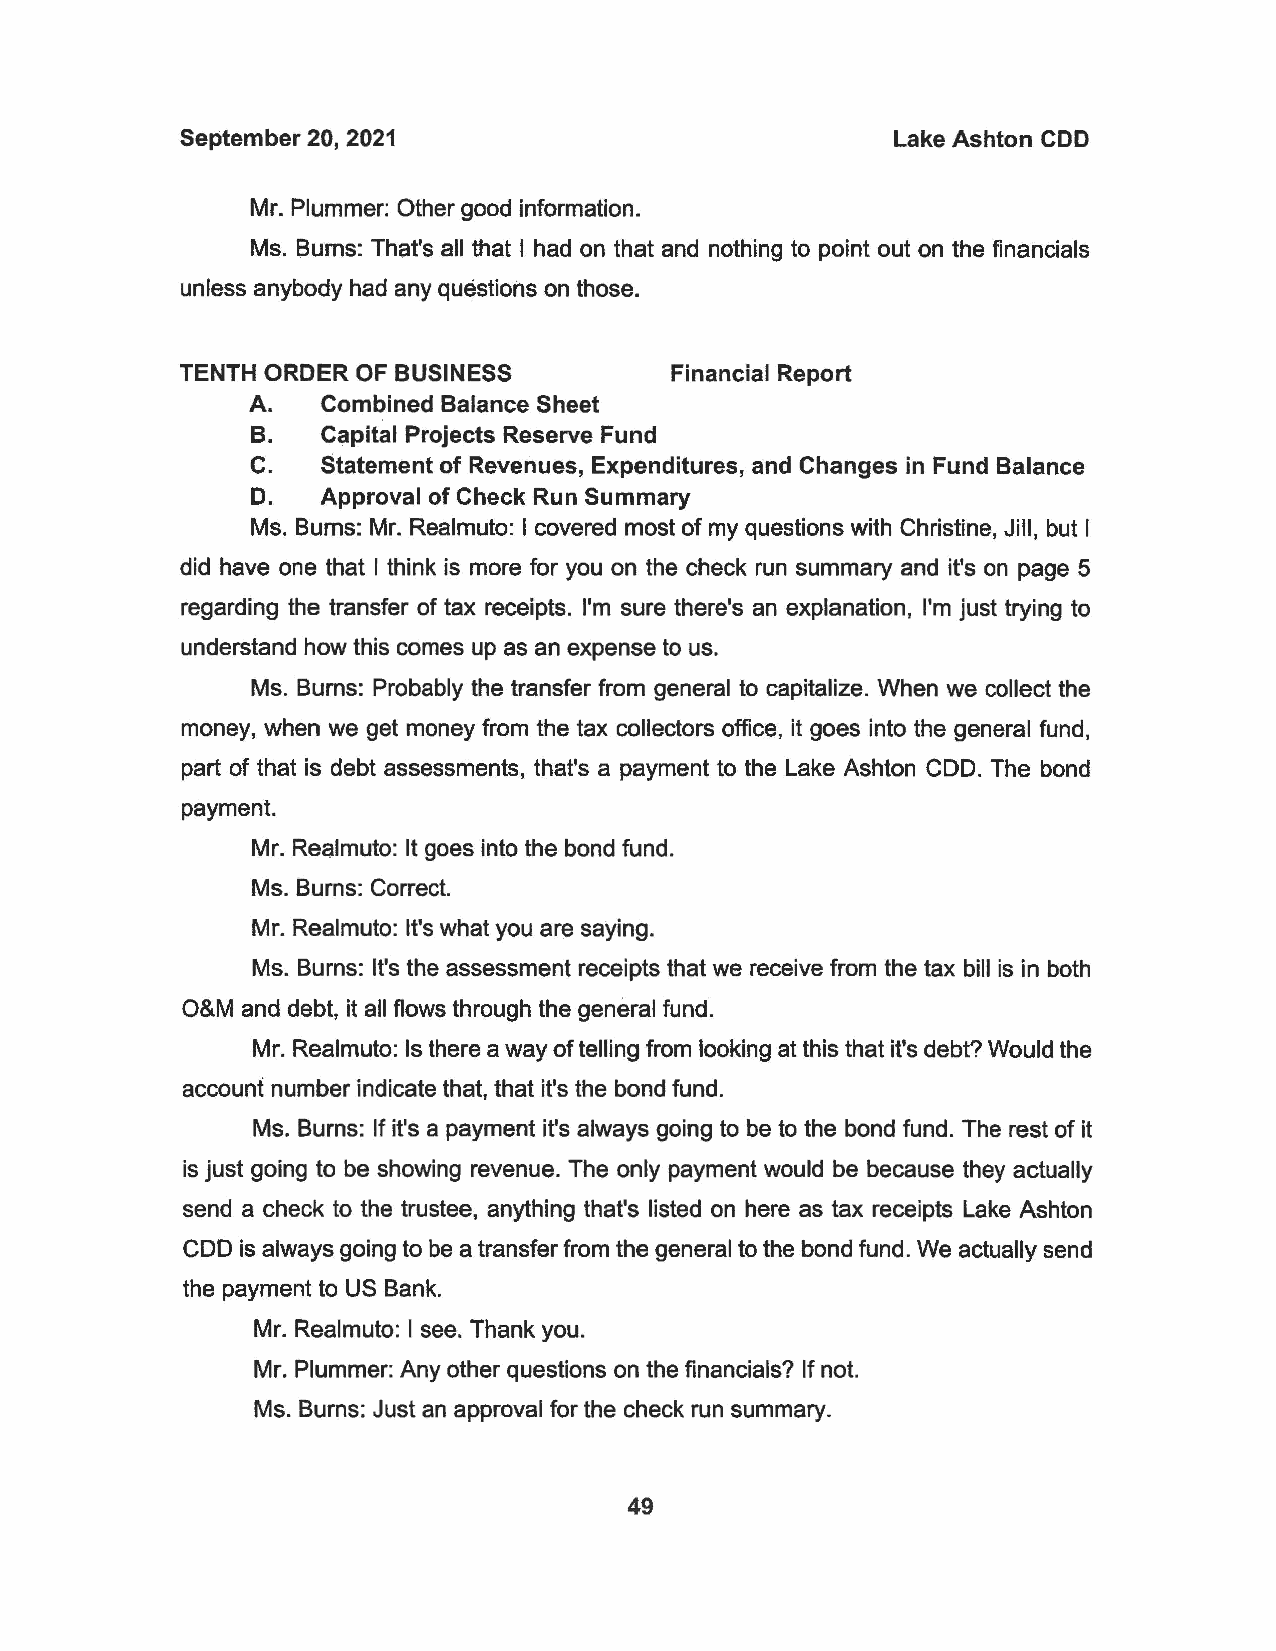
September 20, 2021                             Lake Ashton COD
 Mr. Plummer: Other good information.
 Ms. Burns: That's all that I had on that and nothing to point out on the financials
 unless anybody had any questions on those.
 TENTH ORDER OF BUSINESS         Financial Report
 A.  Combined Balance Sheet
 B.  Capital Projects Reserve Fund
 C.  Statement of Revenues, Expenditures, and Changes in Fund Balance
 D.  Approval of Check Run Summary
 Ms. Burns: Mr. Realmuto: I covered most of my questions with Christine, Jill, but I
 did have one that I think is more for you on the check run summary and it's on page 5
 regarding the transfer of tax receipts. I'm sure there's an explanation, I'm just trying to
 understand how this comes up as an expense to us.
 Ms. Burns: Probably the transfer from general to capitalize. When we collect the
 money, when we get money from the tax collectors office, it goes into the general fund,
 part of that is debt assessments, that's a payment to the Lake Ashton CDD. The bond
 payment.
 Mr. Realmuto: It goes into the bond fund.
 Ms. Burns: Correct.
 Mr. Realmuto: It's what you are saying.
 Ms. Burns: It's the assessment receipts that we receive from the tax bill is in both
 O&M and debt, it all flows through the general fund.
 Mr. Realmuto: Is there a way of telling from looking at this that it's debt? Would the
 account number indicate that, that it's the bond fund.
 Ms. Burns: If it's a payment it's always going to be to the bond fund. The rest of it
 is just going to be showing revenue. The only payment would be because they actually
 send a check to the trustee, anything that's listed on here as tax receipts Lake Ashton
 CDD is always going to be a transfer from the general to the bond fund. We actually send
 the payment to US Bank.
 Mr. Realmuto: I see. Thank you.
 Mr. Plummer: Any other questions on the financials? If not.
 Ms. Burns: Just an approval for the check run summary.
 49